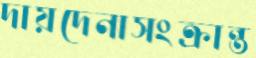
দায়দেনাসংক্রান্ত